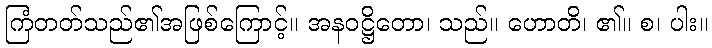
ကြံတတ်သည်၏အဖြစ်ကြောင့်။ အနဝဋ္ဌိတော၊ သည်။ ဟောတိ၊ ၏။ စ၊ ပါး။